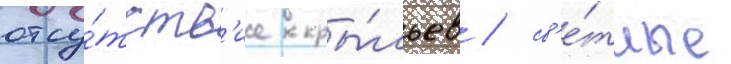
отсу́тств'ие кры́льев / св'е́тлые